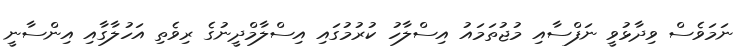
ނަމަވެސް ވިދާޅުވީ ނަފްސާއި މުޖުތަމައު އިސްލާހު ކުރުމުގައި އިސްލާމްދީނުގެ ރިވެތި އަހުލާގާއި އިންސާނީ